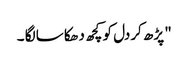
" پڑھ کردل کو کچھ دھکا سا لگا ۔